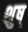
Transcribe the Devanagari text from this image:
शुष्